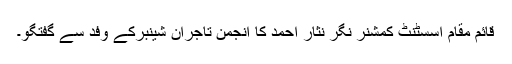
قائم مقام اسسٹنٹ کمشنر نگر نثار احمد کا انجمن تاجران شینبرکے وفد سے گفتگو۔